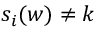
s _ { i } ( w ) \neq k